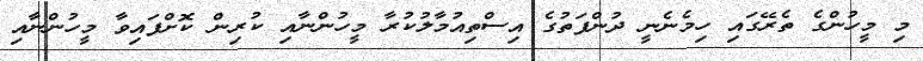
މި މީހުންގެ ތެރޭގައި ހިމެނެނީ ދުންފަތުގެ އިސްތިއުމާލުކުރާ މީހުންނާއި ކުރިން ކޮށްފައިވާ މީހުންނާއި